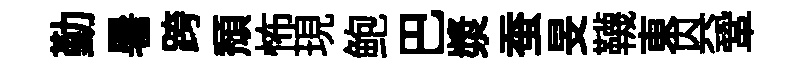
勤暑跨頽怖現鲍巴漿蚕旻韈東㒷鞏